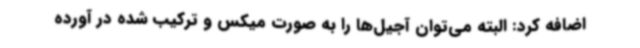
اضافه کرد: البته می‌توان آجیل‌ها را به صورت میکس و ترکیب شده در آورده